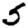
Digit: 5